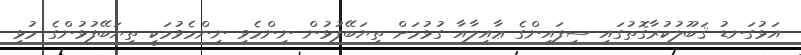
އަޅުގަނޑު ޤަބޫލުކުރާގޮތުގައި ސިފައިންގެ ޢާއިލާއާ ގުޅުމަށް ތިޔަބޭފުޅުން ނިންމެވި ނިންމެވުމަކީ ތިޔަބޭފުޅުންގެ މުޅި